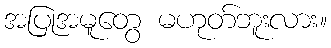
အပြုအမူတွေ မဟုတ်ဘူးလား။